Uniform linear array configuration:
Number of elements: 4
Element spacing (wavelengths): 0.5
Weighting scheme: exponential
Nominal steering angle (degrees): -15
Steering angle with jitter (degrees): -15.633
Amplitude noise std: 0.05
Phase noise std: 0.05

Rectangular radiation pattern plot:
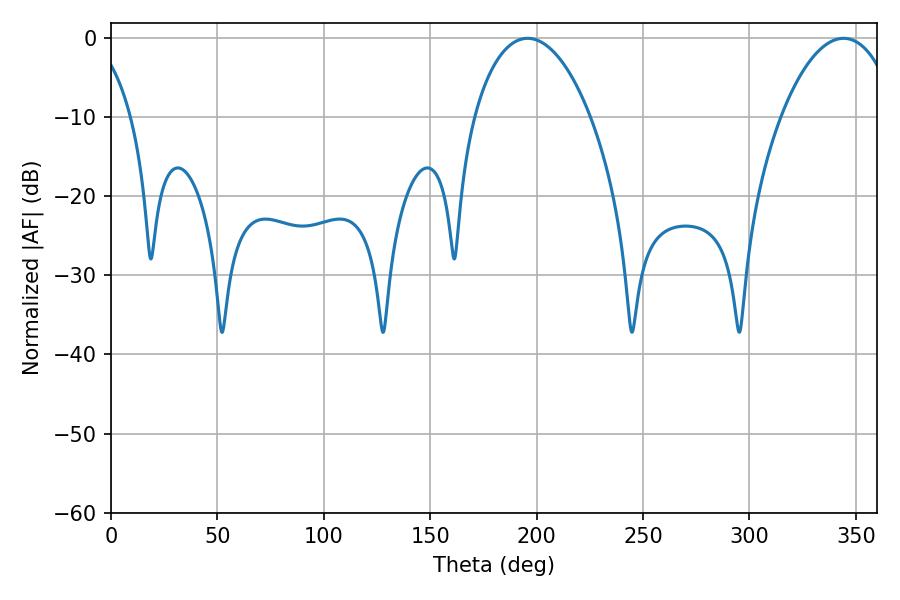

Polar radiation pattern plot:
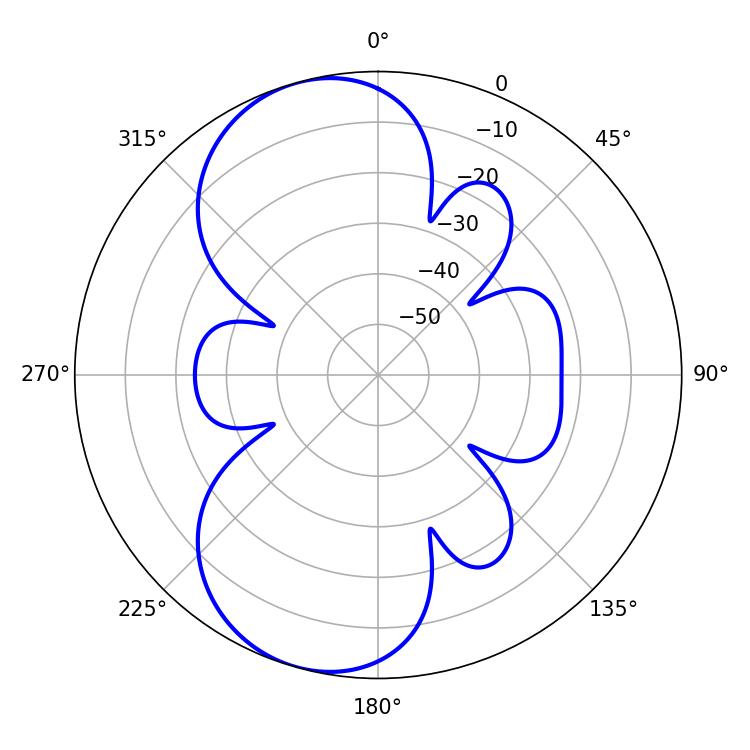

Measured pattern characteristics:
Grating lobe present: FALSE
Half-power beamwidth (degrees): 30.96
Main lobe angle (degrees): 195.84